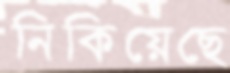
নিকিয়েছে